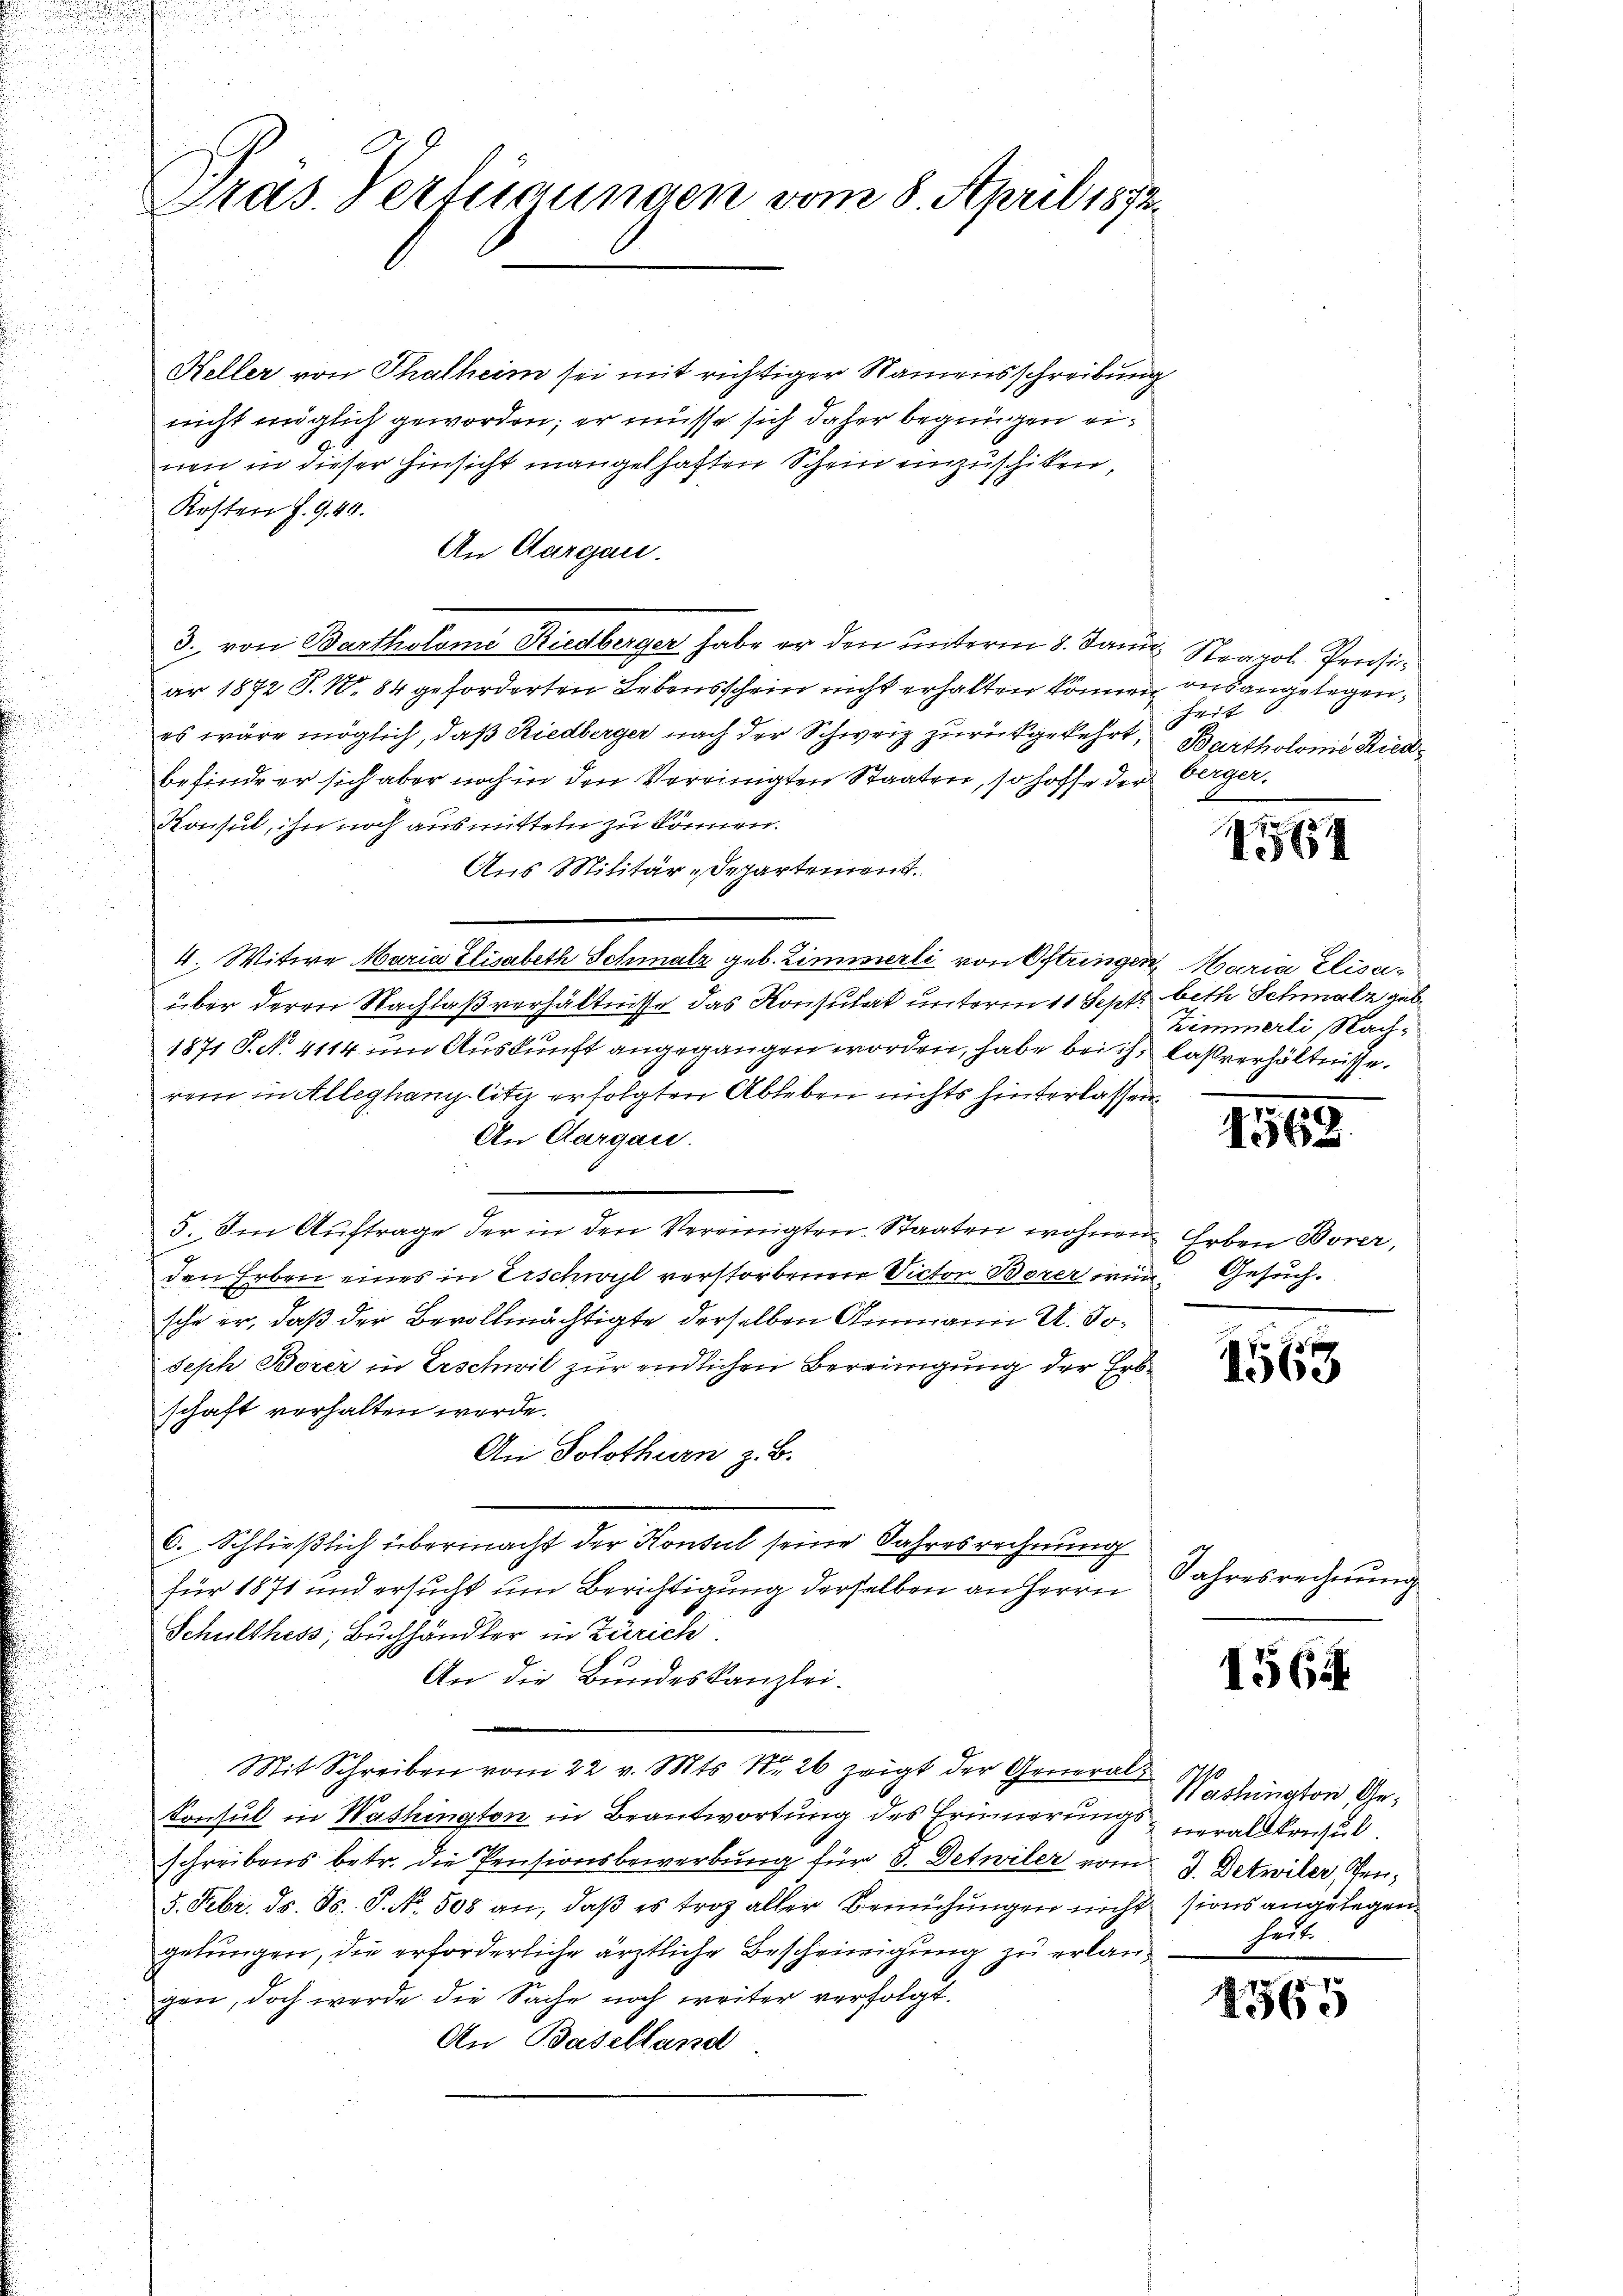
Gras. Verfügungen vom 8. April 1873.

Heller von Thalheim sei mit richtiger Namensschreibung
nicht möglich geworden; er müsse sich daher begnügen einen in dieser Hinsicht mangelhaften Schein einzuschiken,
Kosten Z. 940.
An Aargau.
3. von Bartholomi Riedberger habe er den unterm 8. Jan. Sool Pensiar 1872 P. Nr. 84 geforderten Lebensschein nicht erhalten können aus angelegen,
es wäre möglich, daß Riedberger nach der Schweiz zurückgekehrt, Bartholonie Riedbefinde er sich aber noch in den Vereinigten Staaten, so hoffe der Verger¬
Konsul, ihn noch ausmitteln zu können.
Aus Militär-Departement.
4. Witwe Maria Elisabeth Schmalz geb. Zimmerli von Oftringen Maria Elisaüber deren Nachlaßverhältnisse das Konsulat unterm 11 Sept. beth Schmalz geb.
1871 S. No. 4114. um Auskunft angegangen worden, habe bei ihn laßverhältnisse.
rei in Alleghang-Cita erfolgten Ableben nichts hinterlassen.
An Aargau.
-
5. Im Auftrage der in den Vereinigten Staaten wohnen Erben Borer,
den Erben eines in Erschwyl verstorbenen Victor Borer wird Gesuch.
sche er, daß der Bevollmächtigte derselben Ammann U. Soseph Borer in Erschwil zur endlichen Bereinigung der Erbschaft verhalten werde.
An Solothurn z. B.
6. Schließlich übermacht der Konsul seine Jahresrechnung
für 1871 und ersucht um Berichtigung derselben an Herrn
Schulthess, Buchhändler in Zürich
An die Bundeskanzlei.
Mit Schreiben vom 22 v. Mts. Nr. 26 zeigt der General¬
Konsul in Washington in Beantwortung des Erinnerungs veralkonsul
schreibens betr. die Pensionsbewerbung für 3. Detwiler vom 3. Detwiler Jen¬
5. Febr. ds. ds. S. No. 508 an, daβ es troz aller Bemühungen nicht sions angelegen
gebungen, die erforderliche ärztliche Bescheinigung zu erlangen, doch werde die Sache noch weiter verfolgt
An Baselland

Zeit

161

Zimmerli Nach¬

1563.

1563

Jahresrechnŭng

1564

Washington Gehist

2365